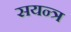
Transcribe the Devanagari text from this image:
सयन्त्र